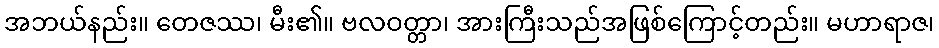
အဘယ်နည်း။ တေဇဿ၊ မီး၏။ ဗလဝတ္တာ၊ အားကြီးသည်အဖြစ်ကြောင့်တည်း။ မဟာရာဇ၊